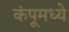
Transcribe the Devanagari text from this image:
कंपूमध्ये